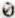
0